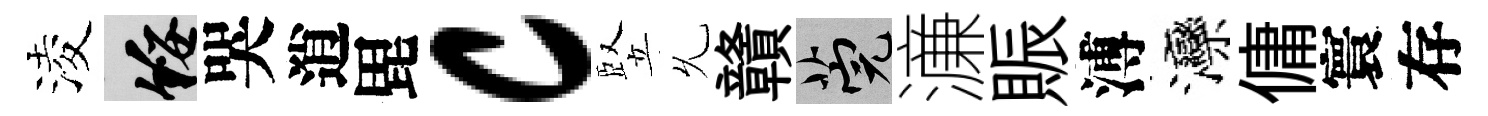
淩綏哭逍毘c竪𠃔贛筦濓賑溥灤傭寰存